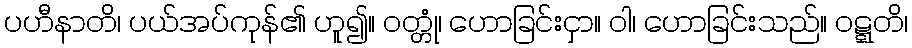
ပဟီနာတိ၊ ပယ်အပ်ကုန်၏ ဟူ၍။ ဝတ္တုံ၊ ဟောခြင်းငှာ။ ဝါ၊ ဟောခြင်းသည်။ ဝဋ္ဋတိ၊